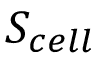
S _ { c e l l }